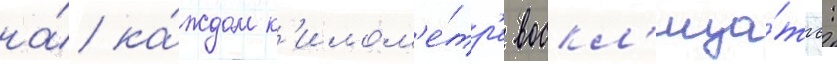
на́ ка́ждом к'илом'е́тр'е воскл'ица́ть: